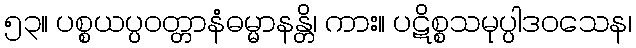
၅၃။ ပစ္စယပ္ပဝတ္တာနံဓမ္မာနန္တိ၊ ကား။ ပဋိစ္စသမုပ္ပါဒဝသေန၊